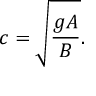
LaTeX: c = { \sqrt { \frac { g A } { B } } } .